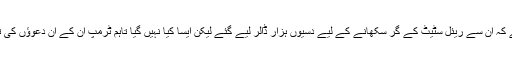
جن کا دعویٰ ہے کہ ان سے ریئل سٹیٹ کے گُر سکھانے کے لیے دسیوں ہزار ڈالر لیے گئے لیکن ایسا کیا نہیں گیا تاہم ٹرمپ ان کے ان دعوؤں کی تردید کرتے ہیں۔